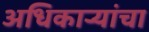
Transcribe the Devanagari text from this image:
अधिकार्‍यांचा